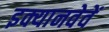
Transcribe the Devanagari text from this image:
इक्यानवेवें